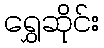
ရွှေဆိုင်း